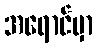
အရောင်မှာ